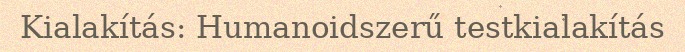
Kialakítás: Humanoidszerű testkialakítás